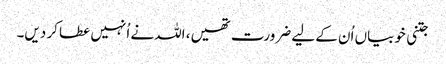
جتنی خوبیاں اُن کے لیے ضرورت تھیں، اللہ نے اُنہیں عطا کر دیں۔